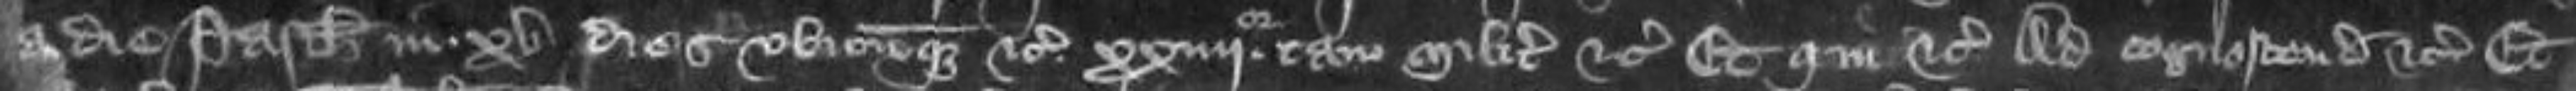
a die Pasche in XV dies ubicumque etc xxquarto tam milites etc Et qui etc ad cognoscendum etc Et